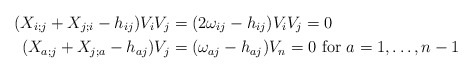
\begin{align*}(X_{i;j} + X_{j;i} -h_{ij} )V_iV_j &= (2\omega_{ij}- h_{ij} )V_iV_j = 0 \\(X_{a; j} + X_{j;a} - h_{aj} )V_j &= (\omega_{aj} -h_{aj})V_n=0 \mbox{ for $a = 1, \dots, n-1$}\end{align*}